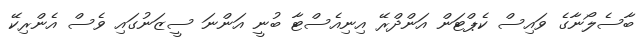
ބާސެލޯނާގެ ވައިސް ކެޕްޓަން އަންދްރޭ އިނިއެސްޓާ ބުނީ އަންނަ ސީޒަނުގައި ވެސް އެންރިކޭ